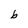
Character: b